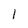
Character: 1